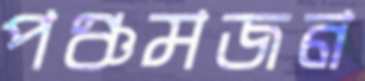
পঞ্চমজন